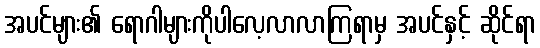
အပင်များ၏ ရောဂါများကိုပါလေ့လာလာကြရာမှ အပင်နှင့် ဆိုင်ရာ